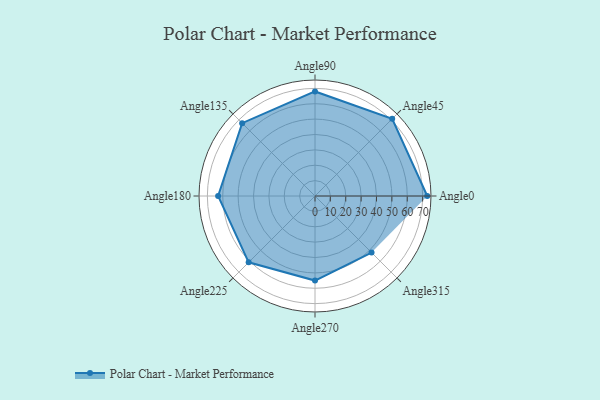
{"axis": {"x": "Angle", "y": "Radius"}, "legend": [""], "data": [{"x": "Angle0", "y": 73.0, "type": ""}, {"x": "Angle45", "y": 71.0, "type": ""}, {"x": "Angle90", "y": 68.0, "type": ""}, {"x": "Angle135", "y": 67.0, "type": ""}, {"x": "Angle180", "y": 63.0, "type": ""}, {"x": "Angle225", "y": 61.0, "type": ""}, {"x": "Angle270", "y": 55.0, "type": ""}, {"x": "Angle315", "y": 52.0, "type": ""}]}